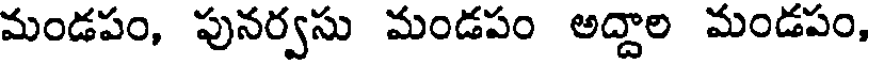
మండపం, పునర్వసు మండపం అద్దాల మండపం,